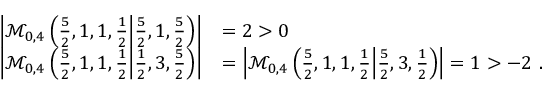
\begin{array} { r l } { \left| \mathcal { M } _ { 0 , 4 } \left( \frac 5 2 , 1 , 1 , \frac 1 2 \middle | \frac 5 2 , 1 , \frac 5 2 \right) \right| } & { = 2 > 0 } \\ { \left| \mathcal { M } _ { 0 , 4 } \left( \frac 5 2 , 1 , 1 , \frac 1 2 \middle | \frac 1 2 , 3 , \frac 5 2 \right) \right| } & { = \left| \mathcal { M } _ { 0 , 4 } \left( \frac 5 2 , 1 , 1 , \frac 1 2 \middle | \frac 5 2 , 3 , \frac 1 2 \right) \right| = 1 > - 2 \ . } \end{array}